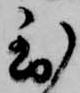
到